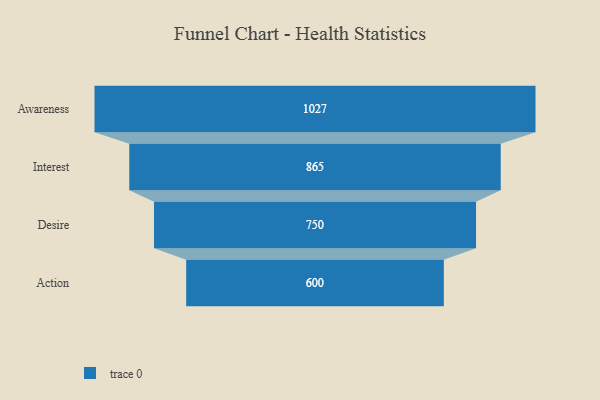
{"axis": {"x": "Stage", "y": "Value"}, "legend": [""], "data": [{"x": "Awareness", "y": 1027.0, "type": ""}, {"x": "Interest", "y": 865.0, "type": ""}, {"x": "Desire", "y": 750.0, "type": ""}, {"x": "Action", "y": 600.0, "type": ""}]}